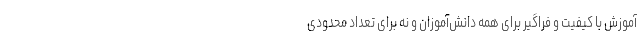
آموزش با کیفیت و فراگیر برای همه دانش‌آموزان و نه برای تعداد محدودی